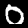
Label: 0